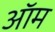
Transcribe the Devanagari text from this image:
ऑम